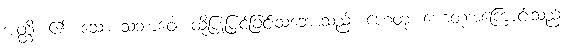
အတ္ထိ၊ ၏။ သော သဘာဝေါ၊ ထိုပြုပြင်ခြင်းသဘောသည်။ ဟေတု၊ ဟေတုအကြောင်းသည်။